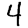
Digit: 4